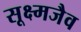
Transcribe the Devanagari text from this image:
सूक्ष्मजैव